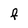
Character: F